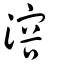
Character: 溶